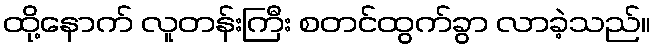
ထို့နောက် လူတန်းကြီး စတင်ထွက်ခွာ လာခဲ့သည်။